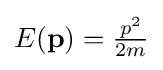
{\textstyle E(\mathbf {p} )={\frac {p^{2}}{2m}}}